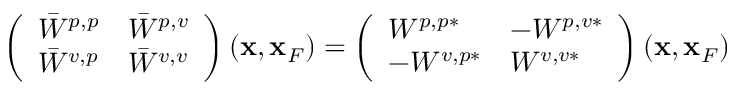
\begin{array} { r } { \left( \begin{array} { l l } { \bar { W } ^ { p , p } } & { \bar { W } ^ { p , v } } \\ { \bar { W } ^ { v , p } } & { \bar { W } ^ { v , v } } \end{array} \right) ( { \bf x } , { \bf x } _ { F } ) = \left( \begin{array} { l l } { W ^ { p , p * } } & { - W ^ { p , v * } } \\ { - W ^ { v , p * } } & { W ^ { v , v * } } \end{array} \right) ( { \bf x } , { \bf x } _ { F } ) } \end{array}